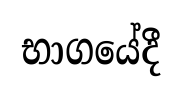
භාගයේදී